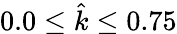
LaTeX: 0.0\leq\hat{k}\leq 0.75